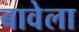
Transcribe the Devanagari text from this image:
बावेला